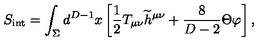
S _ { \mathrm { { \small i n t } } } = \int _ { \Sigma } d ^ { D - 1 } x \left[ { \frac { 1 } { 2 } } T _ { \mu \nu } { \widetilde h } ^ { \mu \nu } + { \frac { 8 } { D - 2 } } \Theta \varphi \right] ,